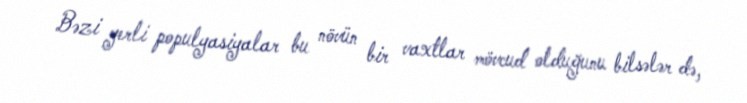
Bəzi yerli populyasiyalar bu növün bir vaxtlar mövcud olduğunu bilsələr də,